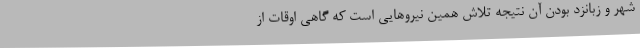
شهر و زبانزد بودن آن نتیجه تلاش همین نیروهایی است که گاهی اوقات از